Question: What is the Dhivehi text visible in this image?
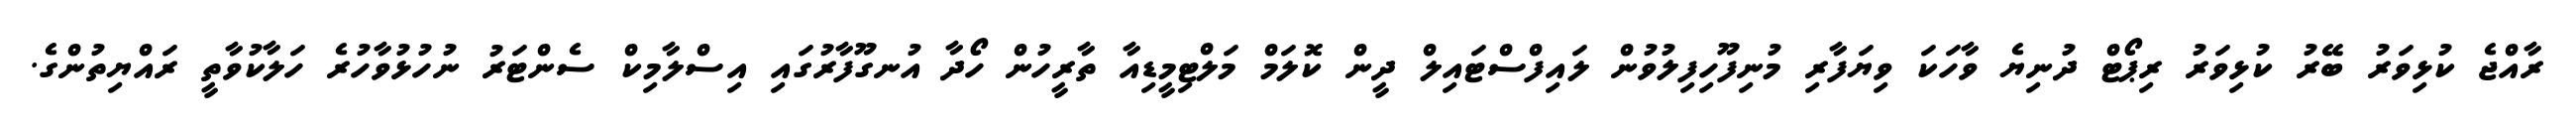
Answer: ރާއްޖެ ކުޅިވަރު ބޭރު ކުޅިވަރު ރިޕޯޓް ދުނިޔެ ވާހަކަ ވިޔަފާރި މުނިފޫހިފިލުވުން ލައިފްސްޓައިލް ދީން ކޮލަމް މަލްޓިމީޑިއާ ތާރީހުން ހޯދާ އުނގޫފާރުގައި އިސްލާމިކް ސެންޓަރު ނުހުޅުވާހުރެ ހަލާކުވާތީ ރައްޔިތުންގެ.